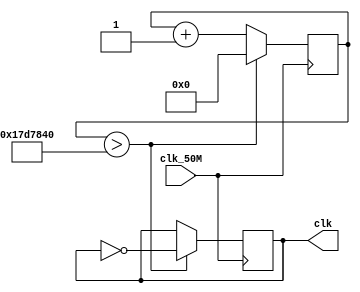
module onehz(clk_50M,clk);
input clk_50M; //50Mhz clock 
output reg clk;
reg [27:0] counter;

initial begin
counter <= 28'h0000000;
clk=0;
end

always@(posedge clk_50M)
begin
    counter<=counter + 28'h0000001; // Adding one at every clock pulse
    if (counter>28'h17D7840) // If count value reaches to 25M
    begin
    
        counter<=28'h0000000; // reset the counter
        clk <= ~clk; // and invert the clock pulse level
    end
 end


endmodule